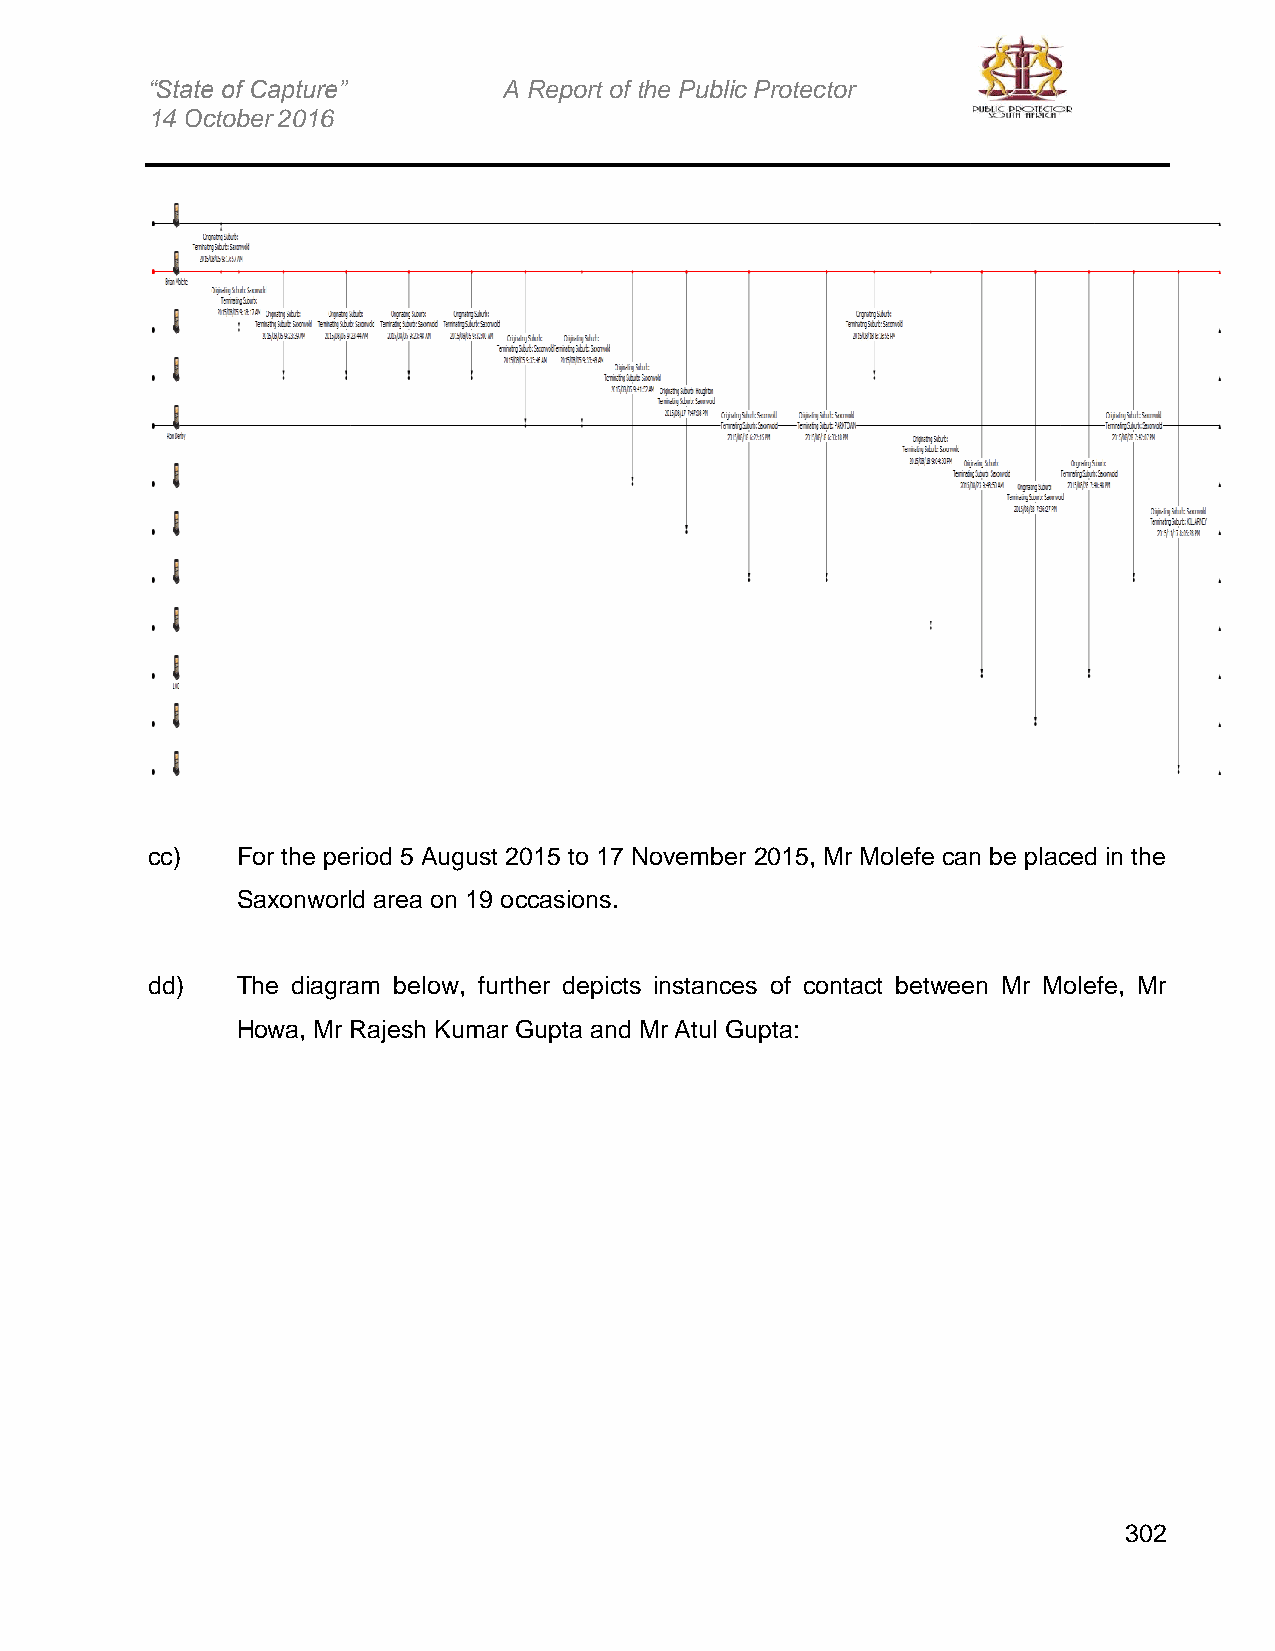
“State of Capture”     A Report of the Public Protector
 14 October 2016
 cc)   For the period 5 August 2015 to 17 November 2015, Mr Molefe can be placed in the
 Saxonworld area on 19 occasions.
 dd)   The diagram below, further depicts instances of contact between Mr Molefe, Mr
 Howa, Mr Rajesh Kumar Gupta and Mr Atul Gupta:
 302